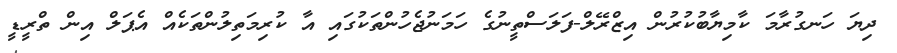
ދިޔަ ހަނގުރާމަ ކާމިޔާބުކުރުން އިޒްރޭލް-ފަލަސްތީނުގެ ހަމަނުޖެހުންތަކުގައި އާ ކުރިމަތިލުންތަކެއް އެޕަލް އިން ތްރީޑީ